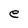
Character: e